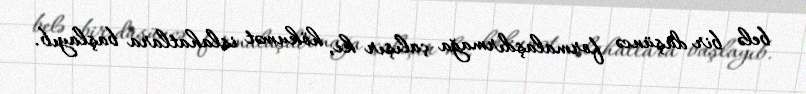
belə bir düşüncə formalaşdırmağa çalışır ki, hökumət islahatlara başlayıb.